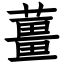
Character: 薑